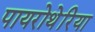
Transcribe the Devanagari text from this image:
पायरोथेरिया